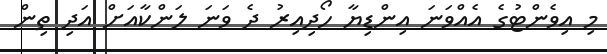
މި އިވެންޓުގެ އެއްވަނަ އިންޑިޔާ ހޯދިއިރު ދެ ވަނަ ލަންކާއަށް އަދި ތިން